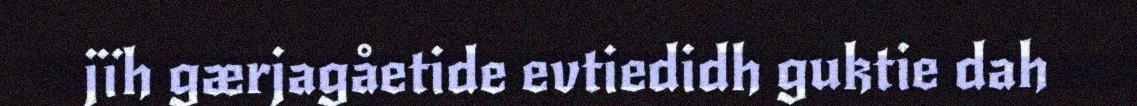
jïh gærjagåetide evtiedidh guktie dah